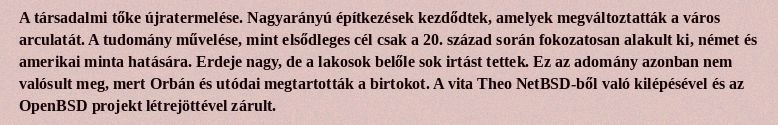
A társadalmi tőke újratermelése. Nagyarányú építkezések kezdődtek, amelyek megváltoztatták a város arculatát. A tudomány művelése, mint elsődleges cél csak a 20. század során fokozatosan alakult ki, német és amerikai minta hatására. Erdeje nagy, de a lakosok belőle sok irtást tettek. Ez az adomány azonban nem valósult meg, mert Orbán és utódai megtartották a birtokot. A vita Theo NetBSD-ből való kilépésével és az OpenBSD projekt létrejöttével zárult.